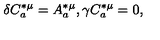
\delta C _ { a } ^ { * \mu } = A _ { a } ^ { * \mu } , \gamma C _ { a } ^ { * \mu } = 0 ,